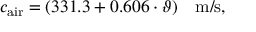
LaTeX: c _ { \mathrm { a i r } } = ( 3 3 1 . 3 + 0 . 6 0 6 \cdot \vartheta ) ~ ~ ~ \mathrm { m / s } ,